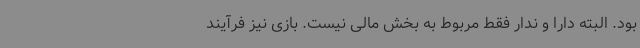
بود. البته دارا و ندار فقط مربوط به بخش مالی نیست. بازی نیز فرآیند